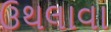
ઉથલાવા